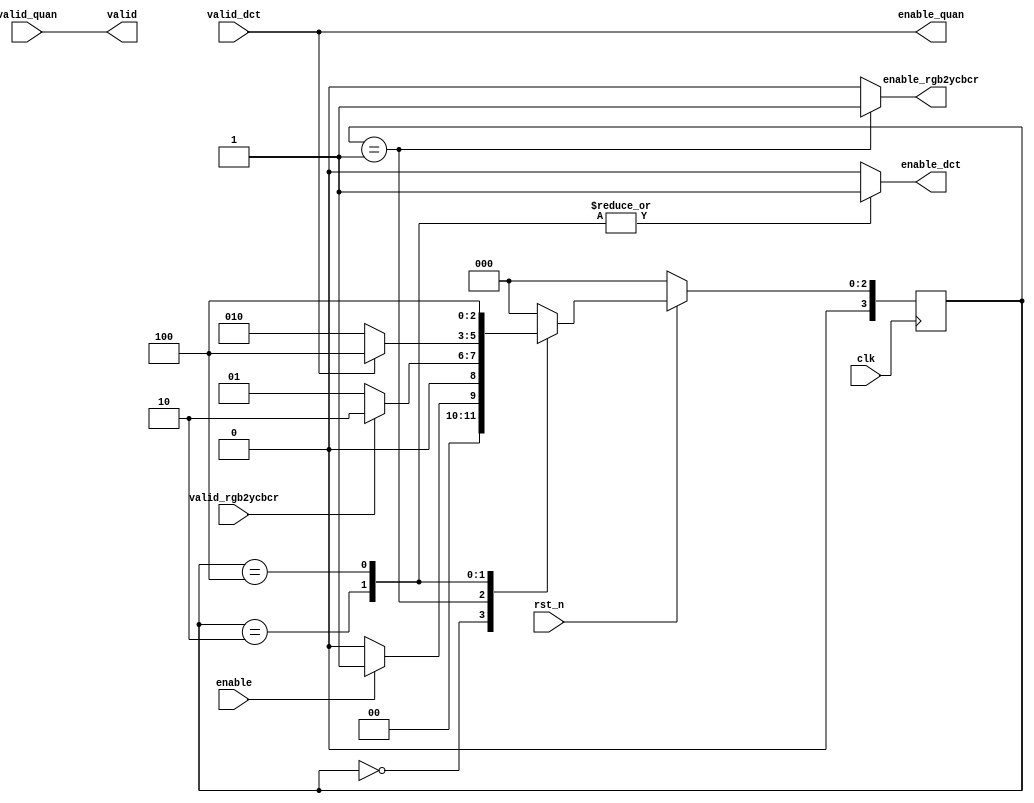
//=========================================
// Version 1 : RGB2YCBCR, DCT
// Function : control rgb2ycbcr and dct & for testing
//=========================================

// Instruction: you use add more state of FSM to control quan. and huff. 

module controller (
    input clk,
    input rst_n,
    input enable,
    output reg enable_rgb2ycbcr,
    output reg enable_dct,
    output enable_quan,
    input valid_rgb2ycbcr,
    input valid_dct,
    input valid_quan,
    output valid
);

localparam IDLE = 4'd0, RGB2YCBCR = 4'd1, DCT = 4'd2, DONE = 4'd3, QUAN = 4'd4;

reg [3:0] state, nstate;
always @(posedge clk) begin
    if(!rst_n) state <= IDLE;
    else state <= nstate;
end
// for convenient testing, DCT stage -> DCT stage.
// add one more pin done_dct from dct block 
// Edit DCT : nstate = done_dct ? QUAN : DCT;
// add DONE stage to whole system when all blocks are done.
always @* begin
    case(state)
        IDLE : nstate = enable ? RGB2YCBCR : IDLE;
        RGB2YCBCR : nstate = valid_rgb2ycbcr ? DCT : RGB2YCBCR;
        DCT : nstate = valid_dct ? QUAN : DCT;
        // DCT : nstate = DCT;
        QUAN : nstate = QUAN;
        // DONE : nstate = IDLE;
        default : nstate = IDLE;
    endcase
end

// Uncomment valid and redesign it.
// for testing rgb2ycbcr and dct, valid connect to valid_dct. 



always @* begin
    case(state)
        IDLE : begin 
            enable_rgb2ycbcr = 0;
            enable_dct = 0;
            // valid = 0;
        end
        RGB2YCBCR : begin 
            enable_rgb2ycbcr = 1;
            enable_dct = 0;
            // valid = 0;
        end
        DCT : begin 
            enable_rgb2ycbcr = 0;
            enable_dct = 1;
            // valid = 0;
        end
        QUAN : begin
            enable_rgb2ycbcr = 0;
            enable_dct = 1;
            // valid = 0;
        end
        DONE : begin 
            enable_rgb2ycbcr = 0;
            enable_dct = 0;
            // valid = 1;
        end
        default : begin
            enable_rgb2ycbcr = 0;
            enable_dct = 0;
        end
    endcase
end
assign valid = valid_quan;
assign enable_quan = valid_dct;
endmodule